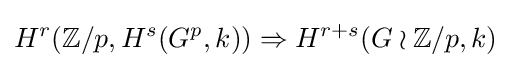
H^{r}(\mathbb {Z} /p,H^{s}(G^{p},k))\Rightarrow H^{r+s}(G\wr \mathbb {Z} /p,k)